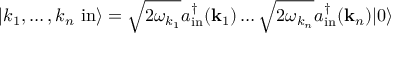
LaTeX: \left| k _ { 1 } , \ldots , k _ { n } \ \mathrm { i n } \right\rangle = { \sqrt { 2 \omega _ { k _ { 1 } } } } a _ { \mathrm { i n } } ^ { \dagger } ( \mathbf { k } _ { 1 } ) \ldots { \sqrt { 2 \omega _ { k _ { n } } } } a _ { \mathrm { i n } } ^ { \dagger } ( \mathbf { k } _ { n } ) | 0 \rangle